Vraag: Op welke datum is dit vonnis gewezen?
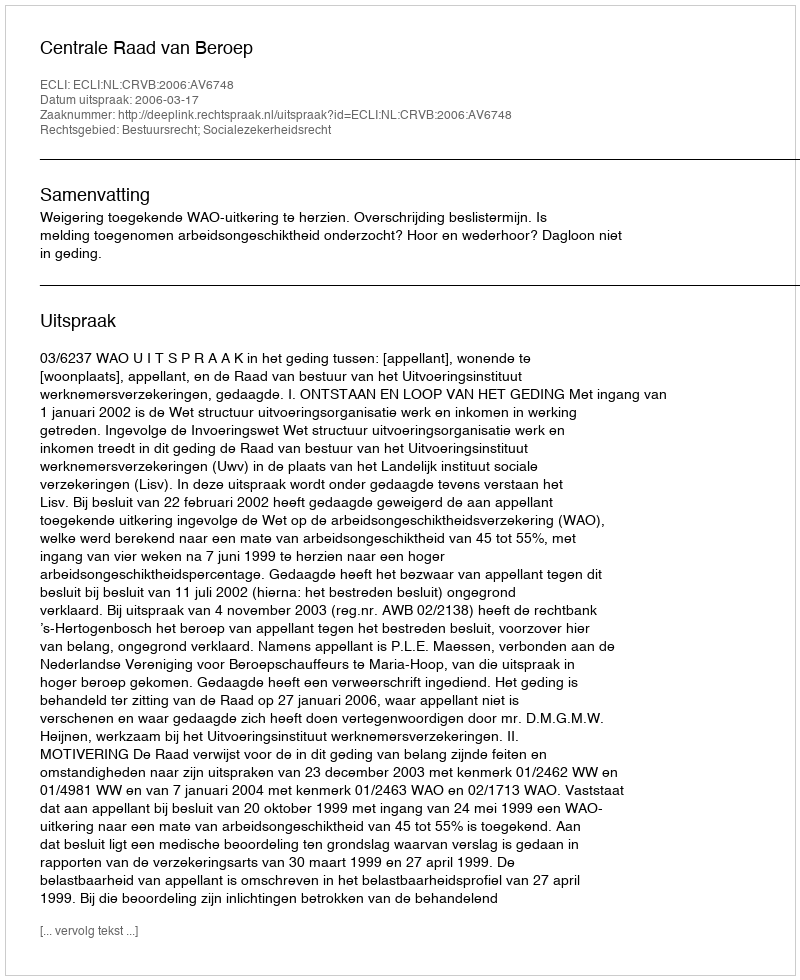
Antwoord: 2006-03-17